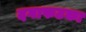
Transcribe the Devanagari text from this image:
दगाफटका